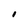
Character: I